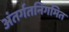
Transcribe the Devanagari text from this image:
अंतर्गतनिगमित